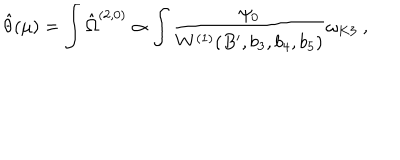
LaTeX: \hat { \theta } ( \mu ) = \int \hat { \Omega } ^ { ( 2 , 0 ) } \propto \int \frac { \psi _ { 0 } } { W ^ { ( 1 ) } ( B ^ { \prime } , b _ { 3 } , b _ { 4 } , b _ { 5 } ) } \omega _ { K 3 } \ ,